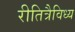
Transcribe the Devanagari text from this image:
रीतित्रैविध्य